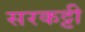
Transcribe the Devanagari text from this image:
सरकट्टी